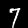
Digit: 7